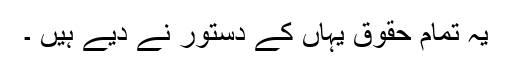
یہ تمام حقوق یہاں کے دستور نے دیے ہیں ۔